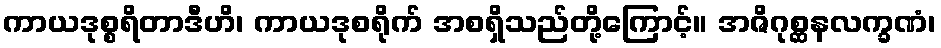
ကာယဒုစ္စရိတာဒီဟိ၊ ကာယဒုစရိုက် အစရှိသည်တို့ကြောင့်။ အဇိဂုစ္ဆနလက္ခဏံ၊